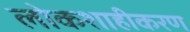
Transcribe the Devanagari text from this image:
लोकशाहीकरण